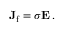
\mathbf { J } _ { \mathrm { f } } = \sigma \mathbf { E } \, .